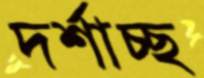
দর্শাচ্ছ